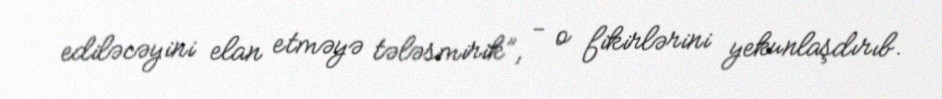
ediləcəyini elan etməyə tələsmirik”, - o fikirlərini yekunlaşdırıb.